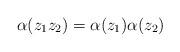
LaTeX: \begin{align*} \alpha(z_1z_2) = \alpha(z_1) \alpha(z_2)\end{align*}